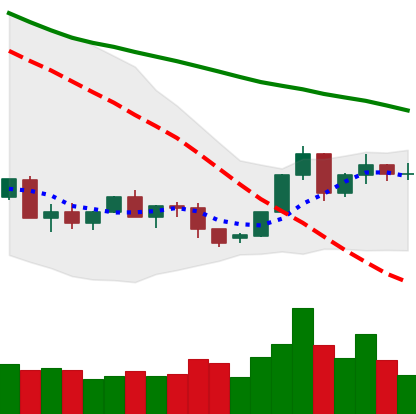
Ticker: XLM-USD
Chart end date: 2022-06-05
Forward return: -7.342%
Label: down_7plus